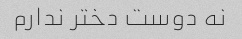
نه دوست دختر ندارم